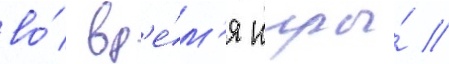
во́ вр'е́м'я игры́ /